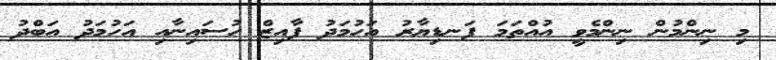
މި ނިންމުން ނިންމެވީ އުއްތަމަ ފަނޑިޔާރު އަހުމަދު ފާއިޒް ހުސައިނާއި އަހުމަދު އަބްދު